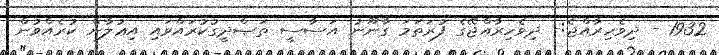
1932 - ދިވެހިރާއްޖެ:- ދިވެހިރާއްޖޭގެ ފުރަތަމަ ގާނޫނު އަސާސީ ތަޞްދީގުކުރައްވައި އިޢުލާން ކުރެއްވުން